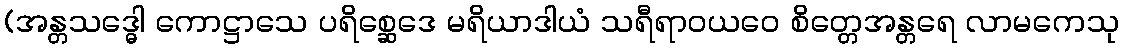
(အန္တသဒ္ဓေါ ကောဋ္ဌာသေ ပရိစ္ဆေဒေ မရိယာဒါယံ သရီရာဝယဝေ စိတ္တေအန္တရေ လာမကေသု